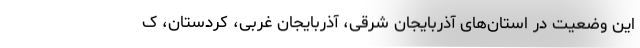
این وضعیت در استان‌های آذربایجان شرقی، آذربایجان غربی، کردستان، ک